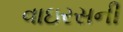
વાઇરસની